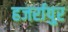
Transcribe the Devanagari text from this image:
हजर्रापुर